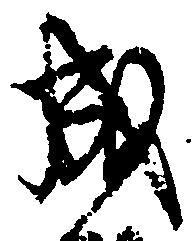
成